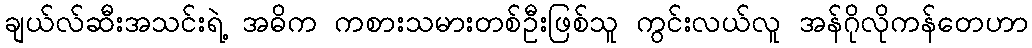
ချယ်လ်ဆီးအသင်းရဲ့ အဓိက ကစားသမားတစ်ဦးဖြစ်သူ ကွင်းလယ်လူ အန်ဂိုလိုကန်တေဟာ